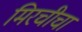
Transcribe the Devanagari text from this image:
मिरचीचा